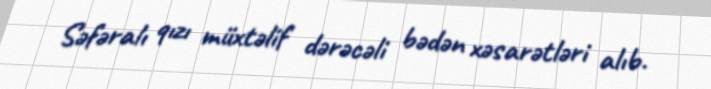
Səfəralı qızı müxtəlif dərəcəli bədən xəsarətləri alıb.